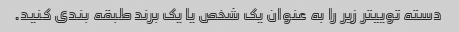
دسته توییتر زیر را به عنوان یک شخص یا یک برند طبقه بندی کنید.